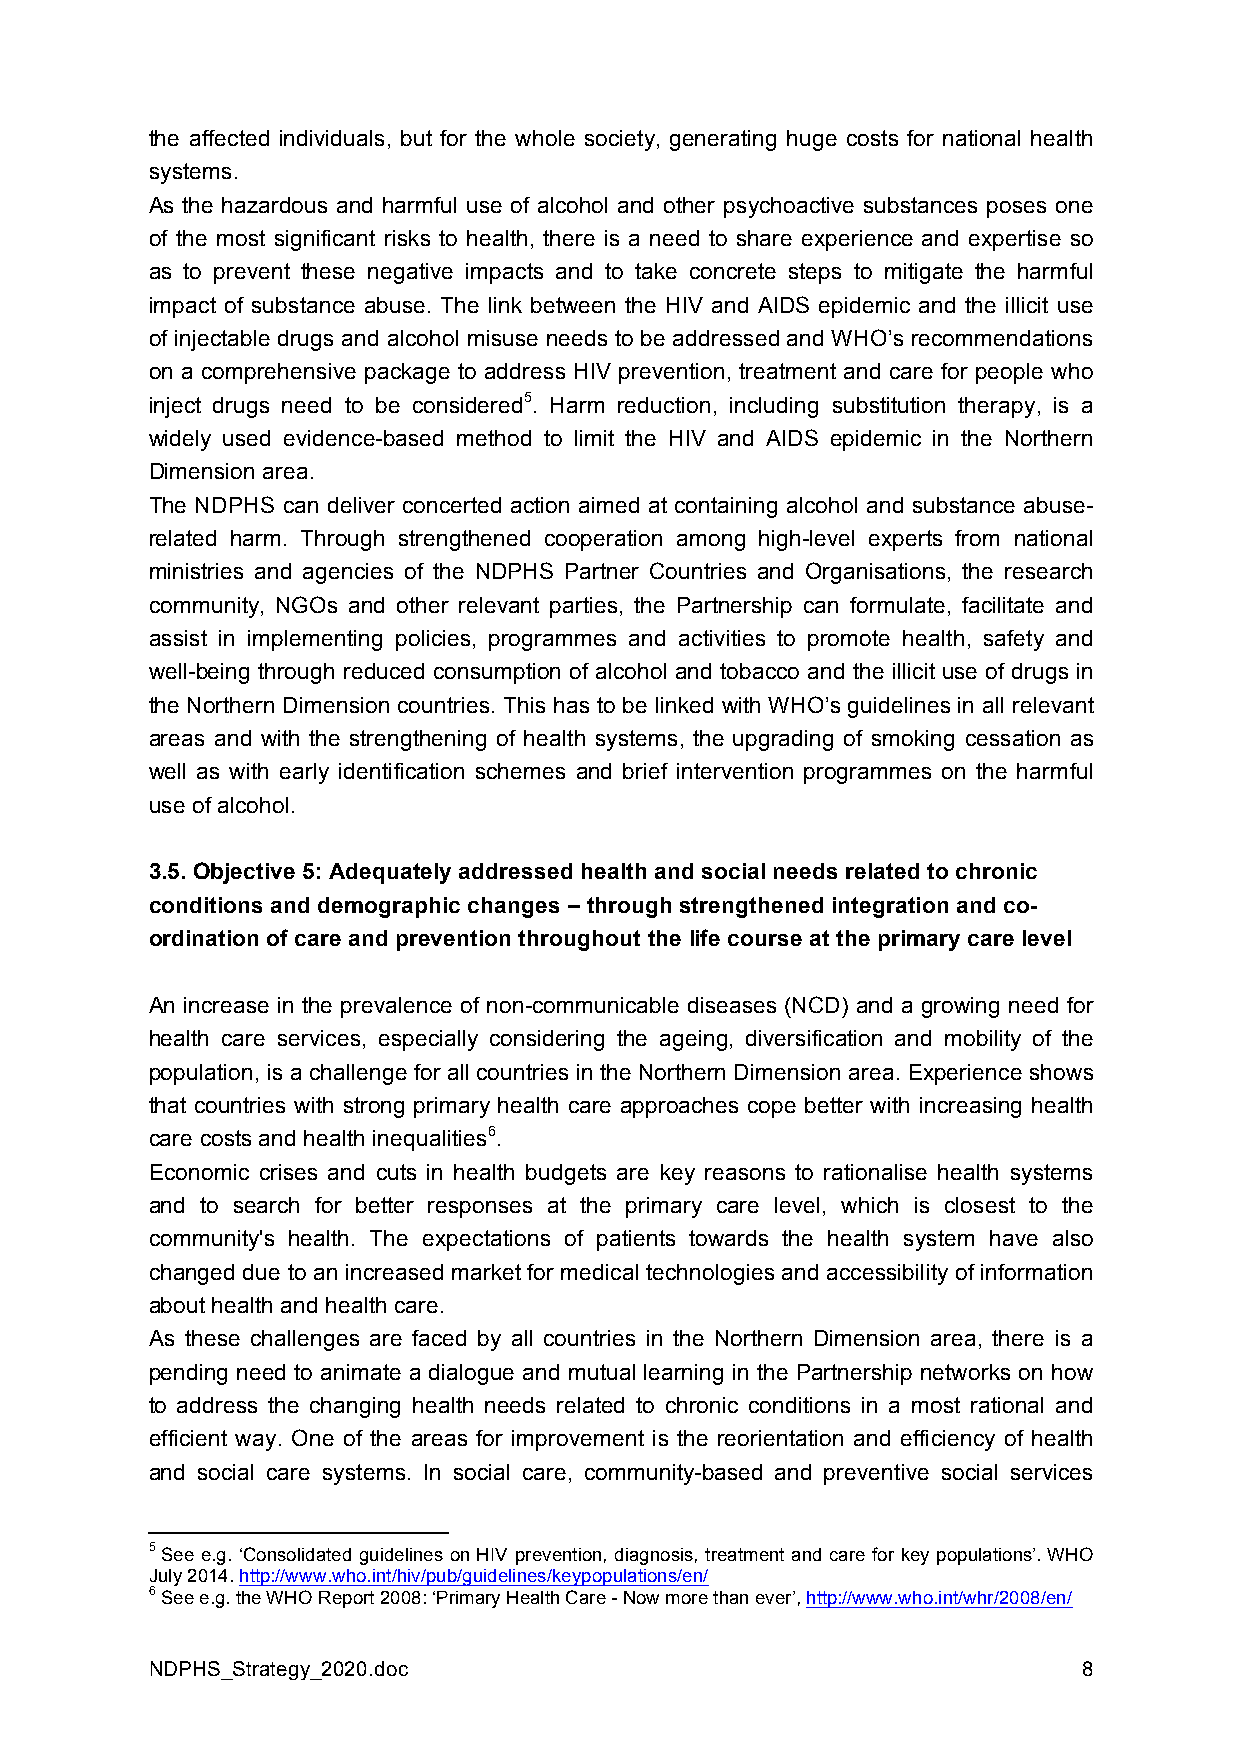
the affected individuals, but for the whole society, generating huge costs for national health
 systems.
 As the hazardous and harmful use of alcohol and other psychoactive substances poses one
 of the most significant risks to health, there is a need to share experience and expertise so
 as to prevent these negative impacts and to take concrete steps to mitigate the harmful
 impact of substance abuse. The link between the HIV and AIDS epidemic and the illicit use
 of injectable drugs and alcohol misuse needs to be addressed and WHO’s recommendations
 on a comprehensive package to address HIV prevention, treatment and care for people who
 inject drugs need to be considered5. Harm reduction, including substitution therapy, is a
 widely used evidence-based method to limit the HIV and AIDS epidemic in the Northern
 Dimension area.
 The NDPHS can deliver concerted action aimed at containing alcohol and substance abuse-
 related harm. Through strengthened cooperation among high-level experts from national
 ministries and agencies of the NDPHS Partner Countries and Organisations, the research
 community, NGOs and other relevant parties, the Partnership can formulate, facilitate and
 assist in implementing policies, programmes and activities to promote health, safety and
 well-being through reduced consumption of alcohol and tobacco and the illicit use of drugs in
 the Northern Dimension countries. This has to be linked with WHO’s guidelines in all relevant
 areas and with the strengthening of health systems, the upgrading of smoking cessation as
 well as with early identification schemes and brief intervention programmes on the harmful
 use of alcohol.
 3.5. Objective 5: Adequately addressed health and social needs related to chronic
 conditions and demographic changes – through strengthened integration and co-
 ordination of care and prevention throughout the life course at the primary care level
 An increase in the prevalence of non-communicable diseases (NCD) and a growing need for
 health care services, especially considering the ageing, diversification and mobility of the
 population, is a challenge for all countries in the Northern Dimension area. Experience shows
 that countries with strong primary health care approaches cope better with increasing health
 care costs and health inequalities6.
 Economic crises and cuts in health budgets are key reasons to rationalise health systems
 and to search for better responses at the primary care level, which is closest to the
 community's health. The expectations of patients towards the health system have also
 changed due to an increased market for medical technologies and accessibility of information
 about health and health care.
 As these challenges are faced by all countries in the Northern Dimension area, there is a
 pending need to animate a dialogue and mutual learning in the Partnership networks on how
 to address the changing health needs related to chronic conditions in a most rational and
 efficient way. One of the areas for improvement is the reorientation and efficiency of health
 and social care systems. In social care, community-based and preventive social services
 5 See e.g. ‘Consolidated guidelines on HIV prevention, diagnosis, treatment and care for key populations’. WHO
 July 2014. http://www.who.int/hiv/pub/guidelines/keypopulations/en/
 6 See e.g. the WHO Report 2008: ‘Primary Health Care - Now more than ever’, http://www.who.int/whr/2008/en/
 NDPHS_Strategy_2020.doc                                       8